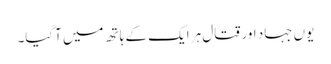
یوں جہاد اور قتال ہر ایک کے ہاتھ میں آگیا۔